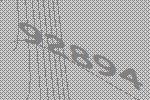
92894